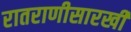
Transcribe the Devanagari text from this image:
रातराणीसारखी